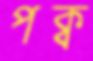
পক্ব